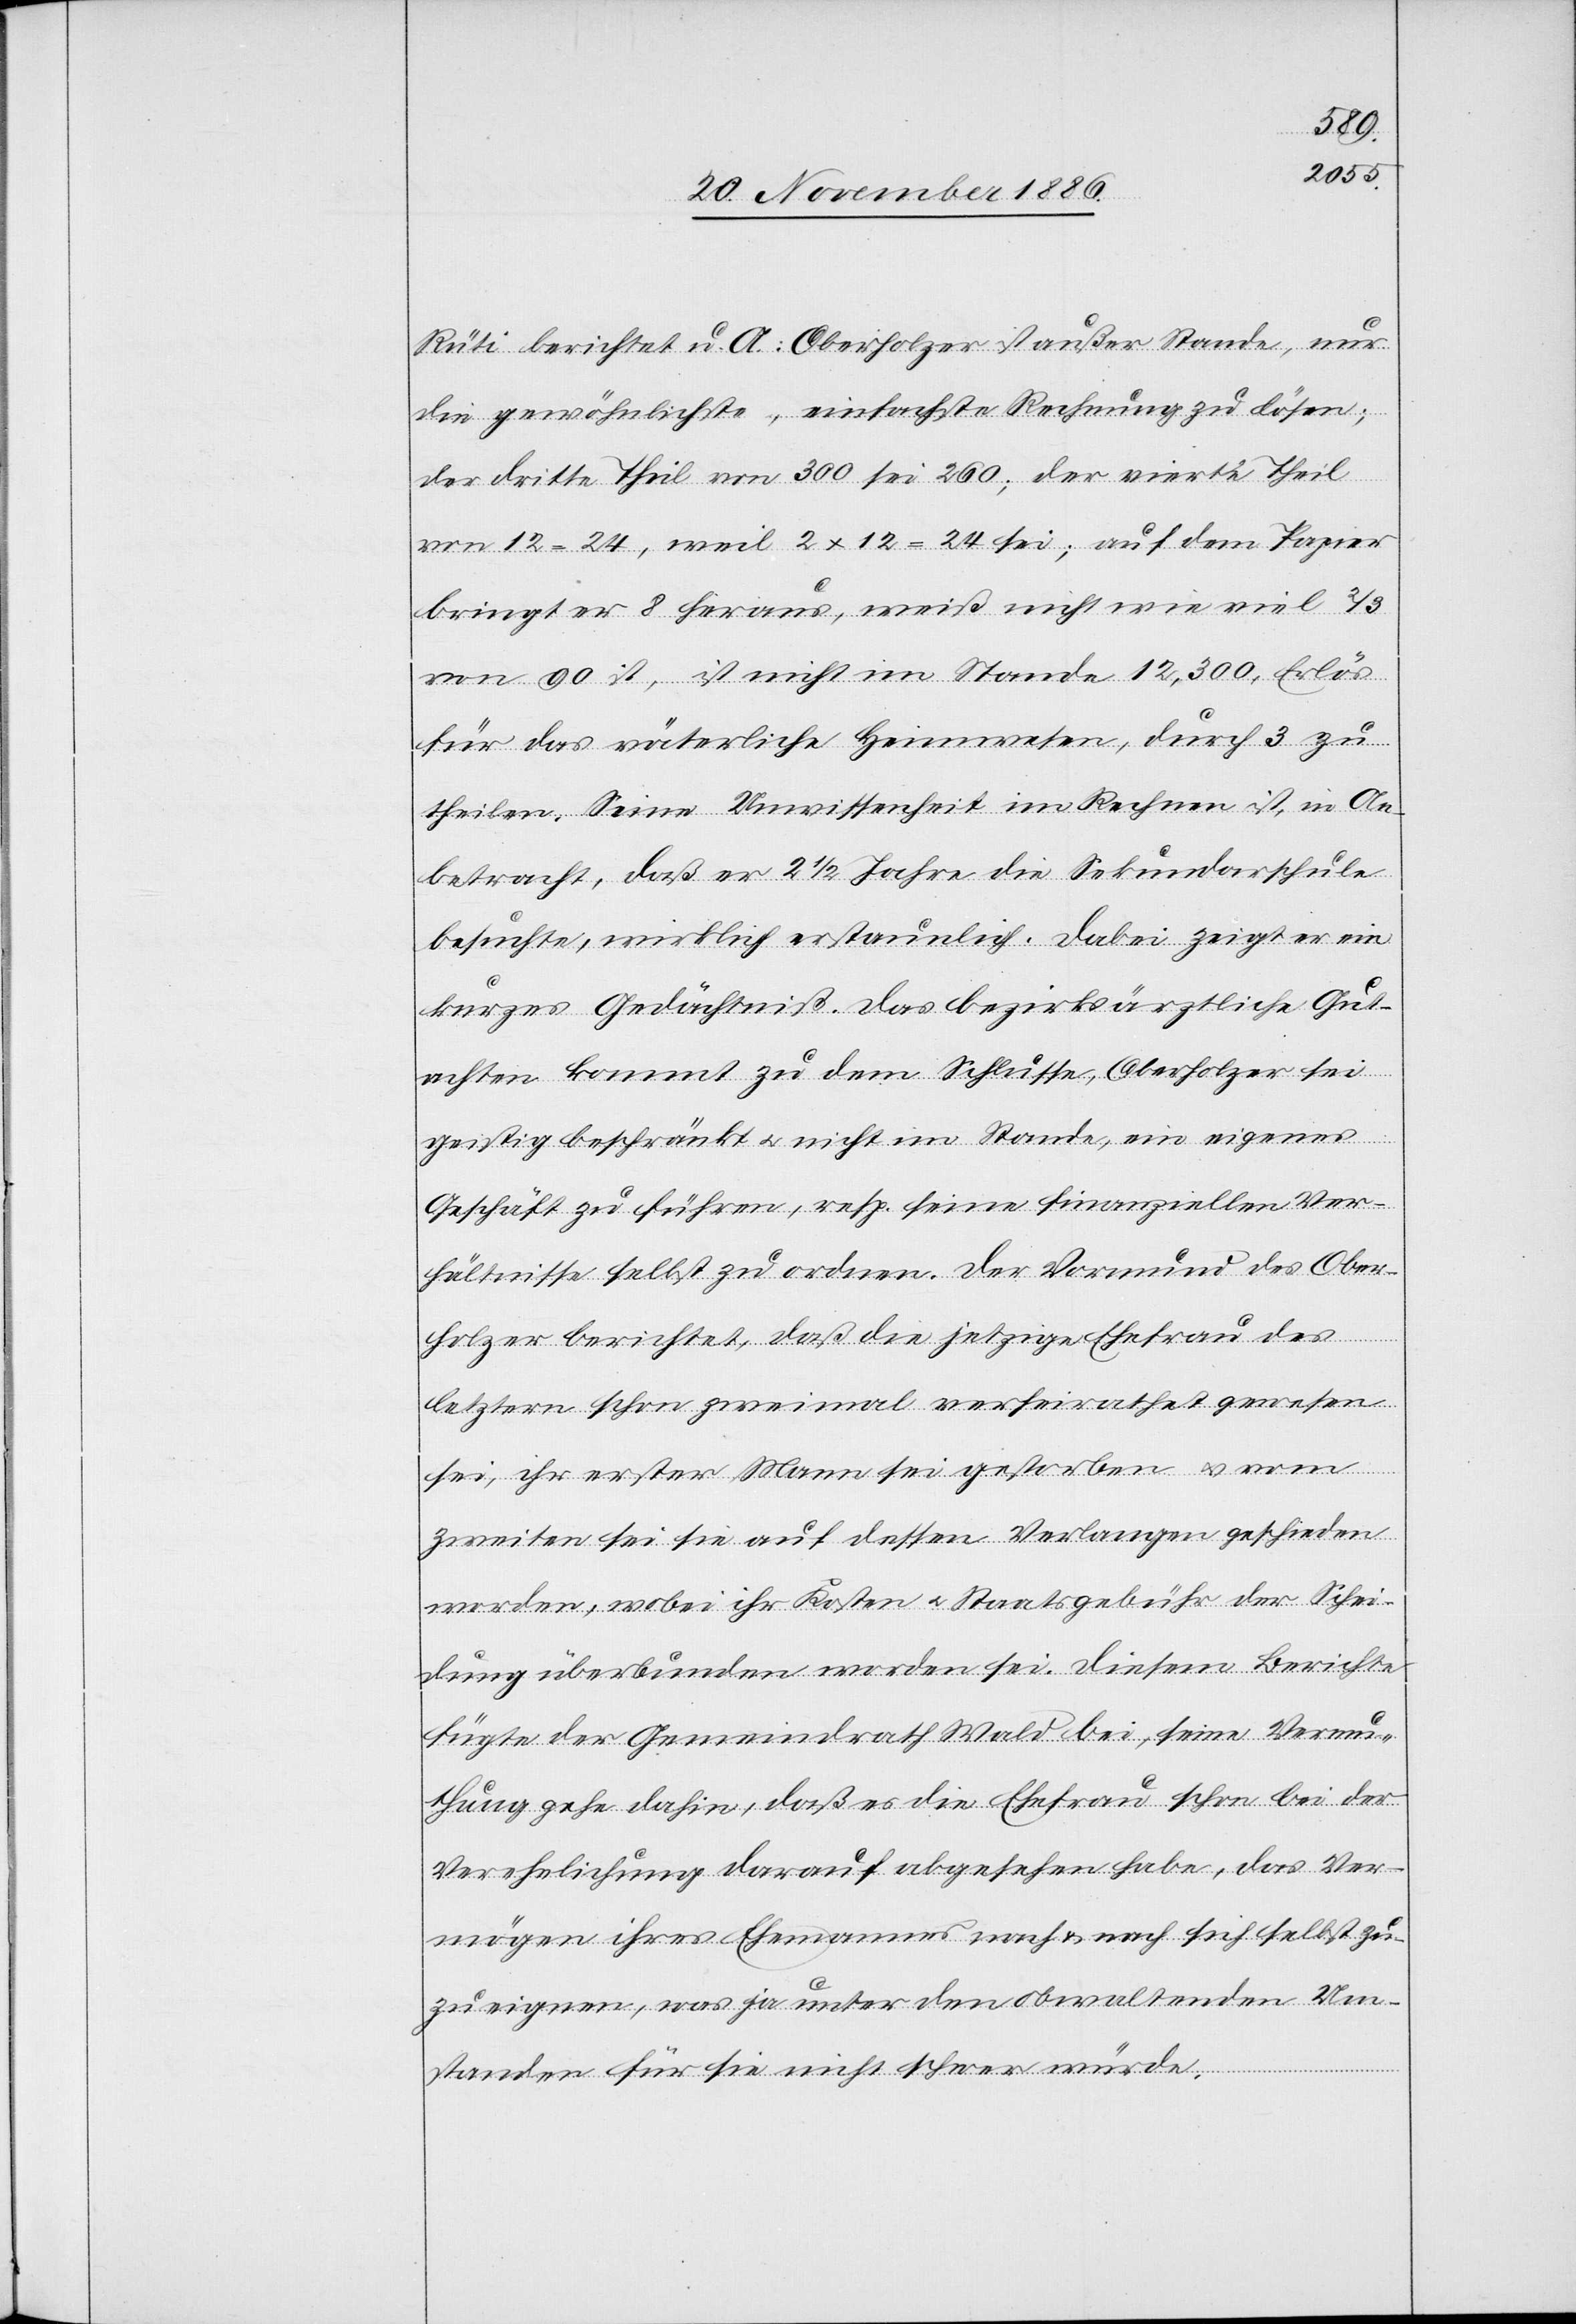
Rüti berichtet u. A.: Oberholzer ist außer Stande, nur
die gewöhnlichste, einfachste Rechnung zu lösen;
der dritte Theil von 300 sei 260; der vierte Theil
von 12 = 24, weil 2 x 12 = 24 sei; auf dem Papier
bringt er 8 heraus, weiß nicht wie viel 2/3
von 90 ist, ist nicht im Stande 12,300, Erlös
für das väterliche Heimwesen, durch 3 zu
theilen. Seine Unwissenheit im Rechnen ist, in An¬
betracht, daß er 2 1/2 Jahre die Sekundarschule
besuchte, wirklich erstaunlich. Dabei zeigt er ein
kurzes Gedächtniß. Das bezirksärztliche Gut¬
achten kommt zu dem Schlusse, Oberholzer sei
geistig beschränkt & nicht im Stande, ein eigenes
Geschäft zu führen, resp. seine finanziellen Ver¬
hältnisse selbst zu ordnen. Der Vormund des Ober¬
holzer berichtet, daß die jetzige Ehefrau des
letztern schon zweimal verheirathet gewesen
sei, ihr erster Mann sei gestorben & vom
zweiten sei sie auf dessen Verlangen geschieden
worden, wobei ihr Kosten & Staatsgebühr der Schei¬
dung überbunden worden sei. Diesem Berichte
fügte der Gemeindrath Wald bei, seine Vermu¬
thung gehe dahin, daß es die Ehefrau schon bei der
Verehelichung darauf abgesehen habe, das Ver¬
mögen ihres Ehemannes nach & nach sich selbst zu¬
zueignen, was ja unter den obwaltenden Um¬
standen [sic!] für sie nicht schwer würde.